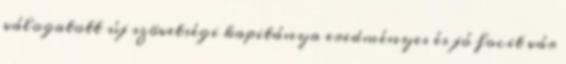
válogatott új szövetségi kapitánya eredményes és jó focit vár